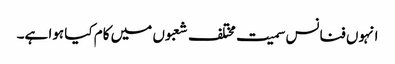
انہوں فنانس سمیت مختلف شعبوں میں کام کیا ہوا ہے۔